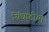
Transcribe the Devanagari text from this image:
सिंघाडीय़ा